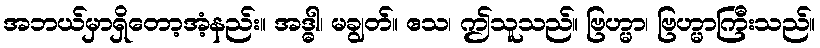
အဘယ်မှာရှိတော့အံ့နည်း။ အဒ္ဓါ၊ မချွတ်။ ဧသ၊ ဤသူသည်။ ဗြဟ္မာ၊ ဗြဟ္မာကြီးသည်။